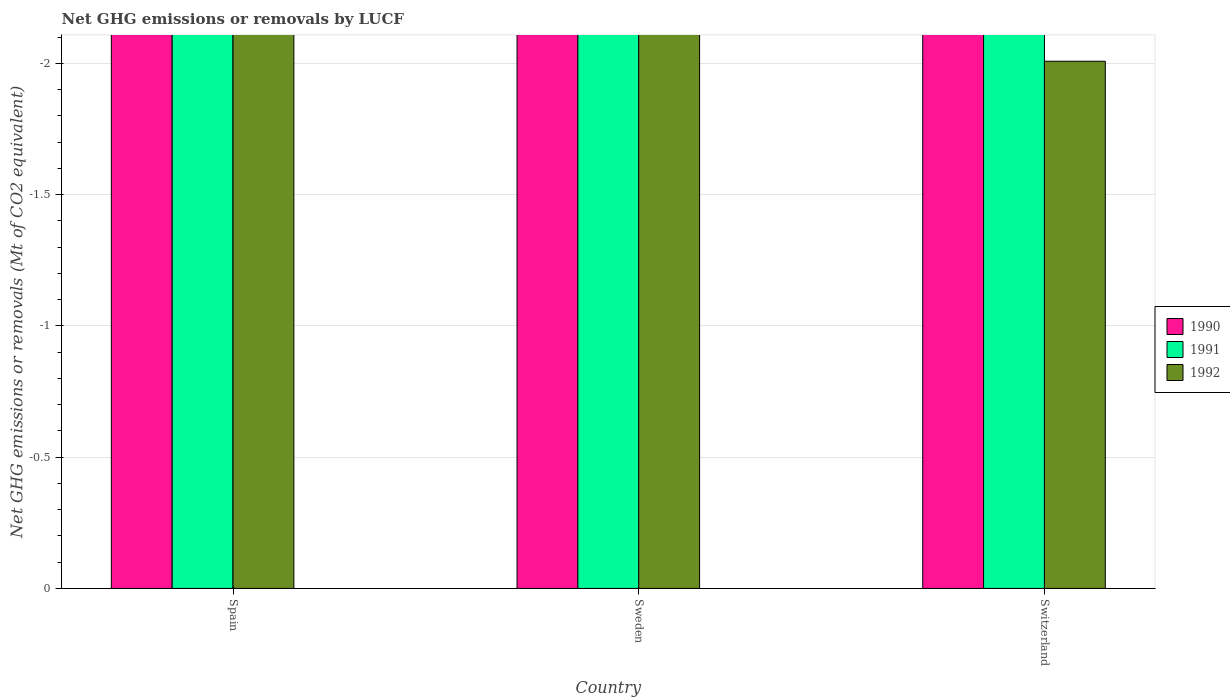
| Country | 1990 | 1991 | 1992 |
 | --- | --- | --- | --- |
 | Spain | -19.1 | -18.9 | -17.7 |
 | Sweden | -44.7 | -45.8 | -42.1 |
 | Switzerland | -2.73 | -2.59 | -2.01 |